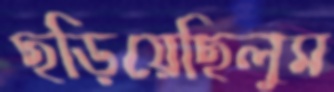
ছড়িয়েছিলুম